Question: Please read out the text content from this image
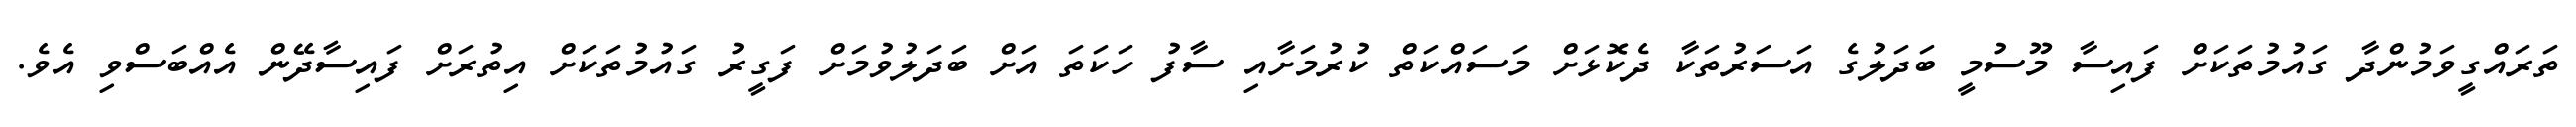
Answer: ތަރައްގީވަމުންދާ ގައުމުތަކަށް ފައިސާ މޫސުމީ ބަދަލުގެ އަސަރުތަކާ ދެކޮޅަށް މަސައްކަތް ކުރުމަށާއި ސާފު ހަކަތަ އަށް ބަދަލުވުމަށް ފަގީރު ގައުމުތަކަށް އިތުރަށް ފައިސާދޭން އެއްބަސްވި އެވެ.